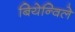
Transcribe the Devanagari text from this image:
बियेन्विले